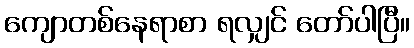
ကျောတစ်နေရာစာ ရလျှင် တော်ပါပြီ။